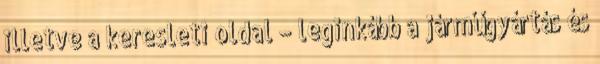
illetve a keresleti oldal – leginkább a járműgyártás és